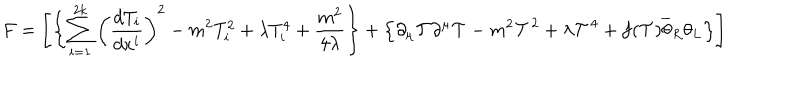
F = \left[ \left\{ \sum _ { i = 1 } ^ { 2 k } \left( \frac { d T _ { i } } { d x ^ { i } } \right) ^ { 2 } - m ^ { 2 } T _ { i } ^ { 2 } + \lambda T _ { i } ^ { 4 } + \frac { m ^ { 2 } } { 4 \lambda } \right\} + \left\{ \partial _ { \mu } \mathcal { T } \partial ^ { \mu } \mathcal { T } - m ^ { 2 } \mathcal { T } ^ { 2 } + \lambda \mathcal { T } ^ { 4 } + f ( \mathcal { T } ) \overline { { { \theta } } } _ { R } \theta _ { L } \right\} \right]